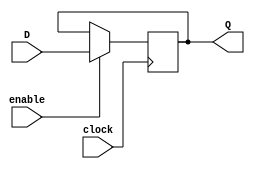
module Gated_D_latch_flip_flop(
    input D,
    input enable,
    input clock,
    output reg Q
);

always @(posedge clock) begin
    if(enable)
        Q <= D;
end

endmodule